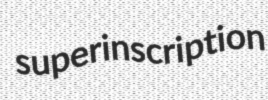
superinscription